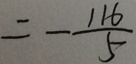
= - \frac { 1 1 6 } { 5 }